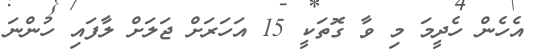
އެހެން ހެދީމަ މި ވާ ގޮތަކީ 15 އަހަރަށް ޖަލަށް ލާފައި ހުންނަ